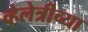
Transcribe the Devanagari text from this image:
व्हेलेत्रीच्या